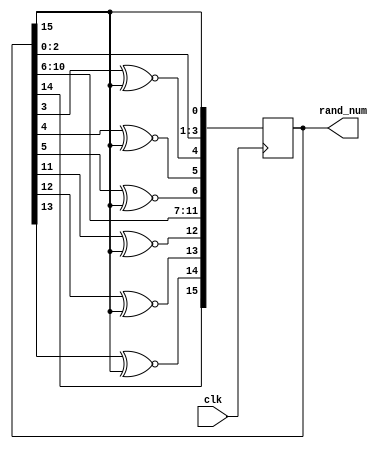
module random(
  input             clk,   
     
  output reg [15:0] rand_num   
);

initial begin
 rand_num    <=16'b0;
end


always@(posedge clk)
begin
	rand_num[0] <= rand_num[15];
	rand_num[1] <= rand_num[0];
	rand_num[2] <= rand_num[1];
	rand_num[3] <= rand_num[2];
	rand_num[4] <= rand_num[3] ^~rand_num[15];
	rand_num[5] <= rand_num[4] ^~rand_num[15];
	rand_num[6] <= rand_num[5] ^~rand_num[15];
	rand_num[7] <= rand_num[6];
	rand_num[8] <= rand_num[7];
   rand_num[9] <= rand_num[8];
   rand_num[10]<= rand_num[9];
   rand_num[11]<= rand_num[10];
   rand_num[12]<= rand_num[11]^~rand_num[15];
   rand_num[13]<= rand_num[12]^~rand_num[15];
   rand_num[14]<= rand_num[13]^~rand_num[15];
   rand_num[15]<= rand_num[14];
   
end
endmodule